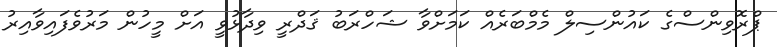
ޕްރޮވިންސްގެ ކައުންސިލް މެމްބަރެއް ކަމަށްވާ ޝަހްރަބު ޤަދްރީ ވިދާޅުވީ އަށް މީހުން މަރުވެފައިވާއިރު